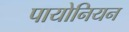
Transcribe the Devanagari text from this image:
पायोनियन